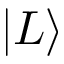
| L \rangle